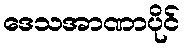
ဒေသအာဏာပိုင်